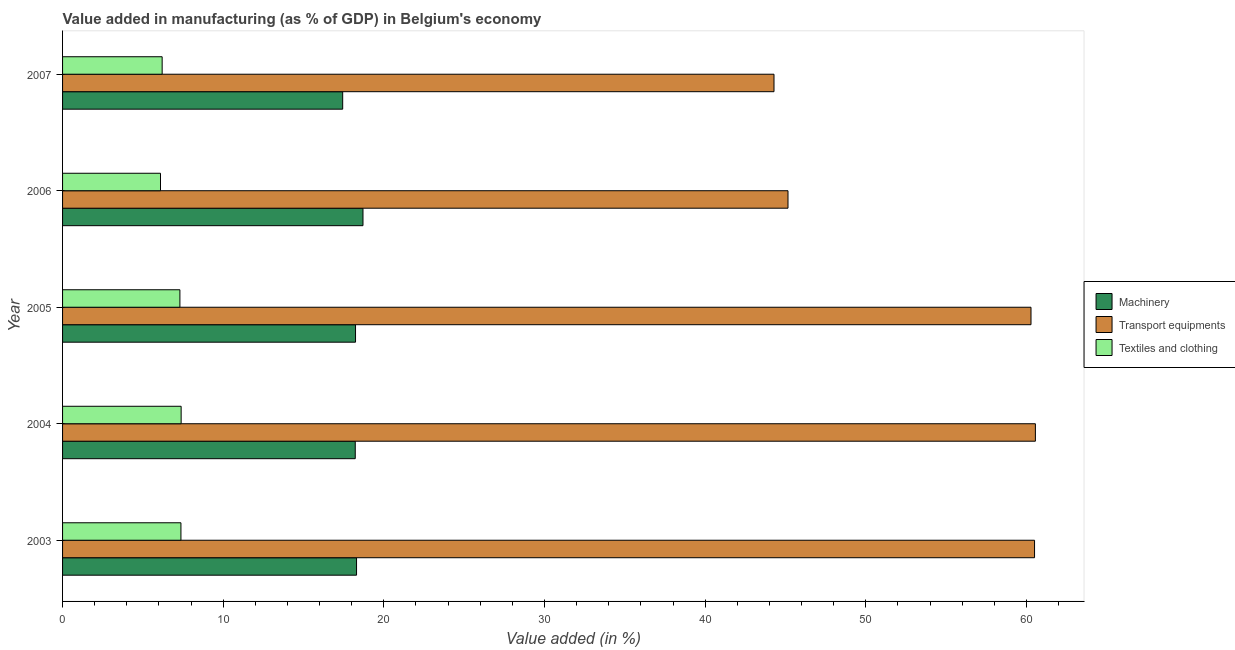
| Year | Machinery | Transport equipments | Textiles and clothing |
 | --- | --- | --- | --- |
 | 2003 | 18.3 | 60.5 | 7.37 |
 | 2004 | 18.2 | 60.6 | 7.38 |
 | 2005 | 18.2 | 60.3 | 7.3 |
 | 2006 | 18.7 | 45.2 | 6.1 |
 | 2007 | 17.4 | 44.3 | 6.2 |